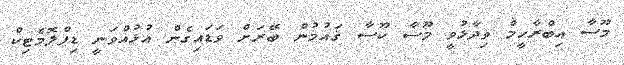
މޫސާ އިބްރާހީމް ވިދާޅުވީ މޫސާ ކޫސާ ޤައުމުން ބޭރަށް ވަޑައިގެން އުޅުއްވަނީ ޑިޕްލޮމެޓިކް